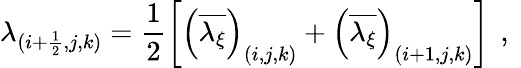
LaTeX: \lambda_{(i+\frac{1}{2},j,k)}=\frac{1}{2}\left[\left(\overline{{\lambda_{\xi}}}\right)_{(i,j,k)}+\left(\overline{{\lambda_{\xi}}}\right)_{(i+1,j,k)}\right]\, \mathrm{~,~}